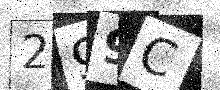
Text: 299C